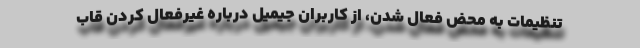
تنظیمات به محض فعال شدن، از کاربران جیمیل درباره غیرفعال کردن قاب